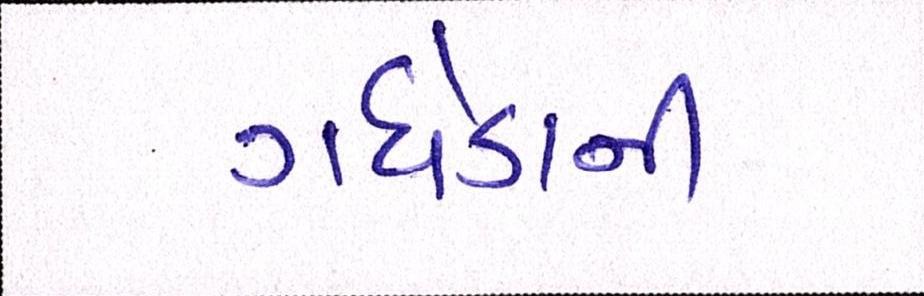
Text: ગધેડાની